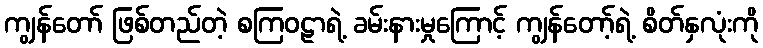
ကျွန်တော် ဖြစ်တည်တဲ့ စကြဝဠာရဲ့ ခမ်းနားမှုကြောင့် ကျွန်တော့်ရဲ့ စိတ်နှလုံးကို